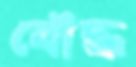
বৌদ্ধ